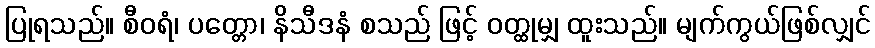
ပြုရသည်။ စီဝရံ၊ ပတ္တော၊ နိသီဒနံ စသည် ဖြင့် ဝတ္ထုမျှ ထူးသည်။ မျက်ကွယ်ဖြစ်လျှင်